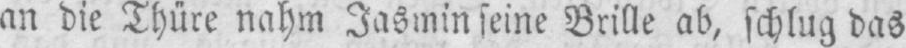
an die Thüre nahm Jasmin seine Brille ab, schlug das